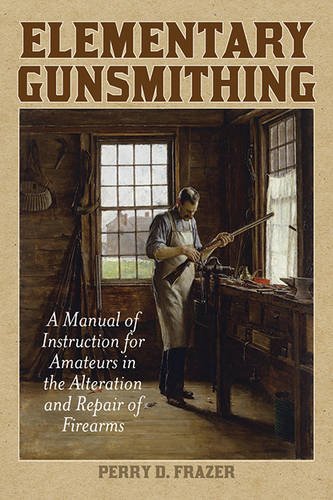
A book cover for Elementary Gunsmithing: A Manual of Instruction for Amateurs in the Alteration and Repair of Firearms; Perry D. Frazer; Crafts, Hobbies & Home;